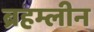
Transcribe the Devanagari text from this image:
ब्रहम्लीन